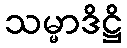
သမ္မာဒိဋ္ဌိ